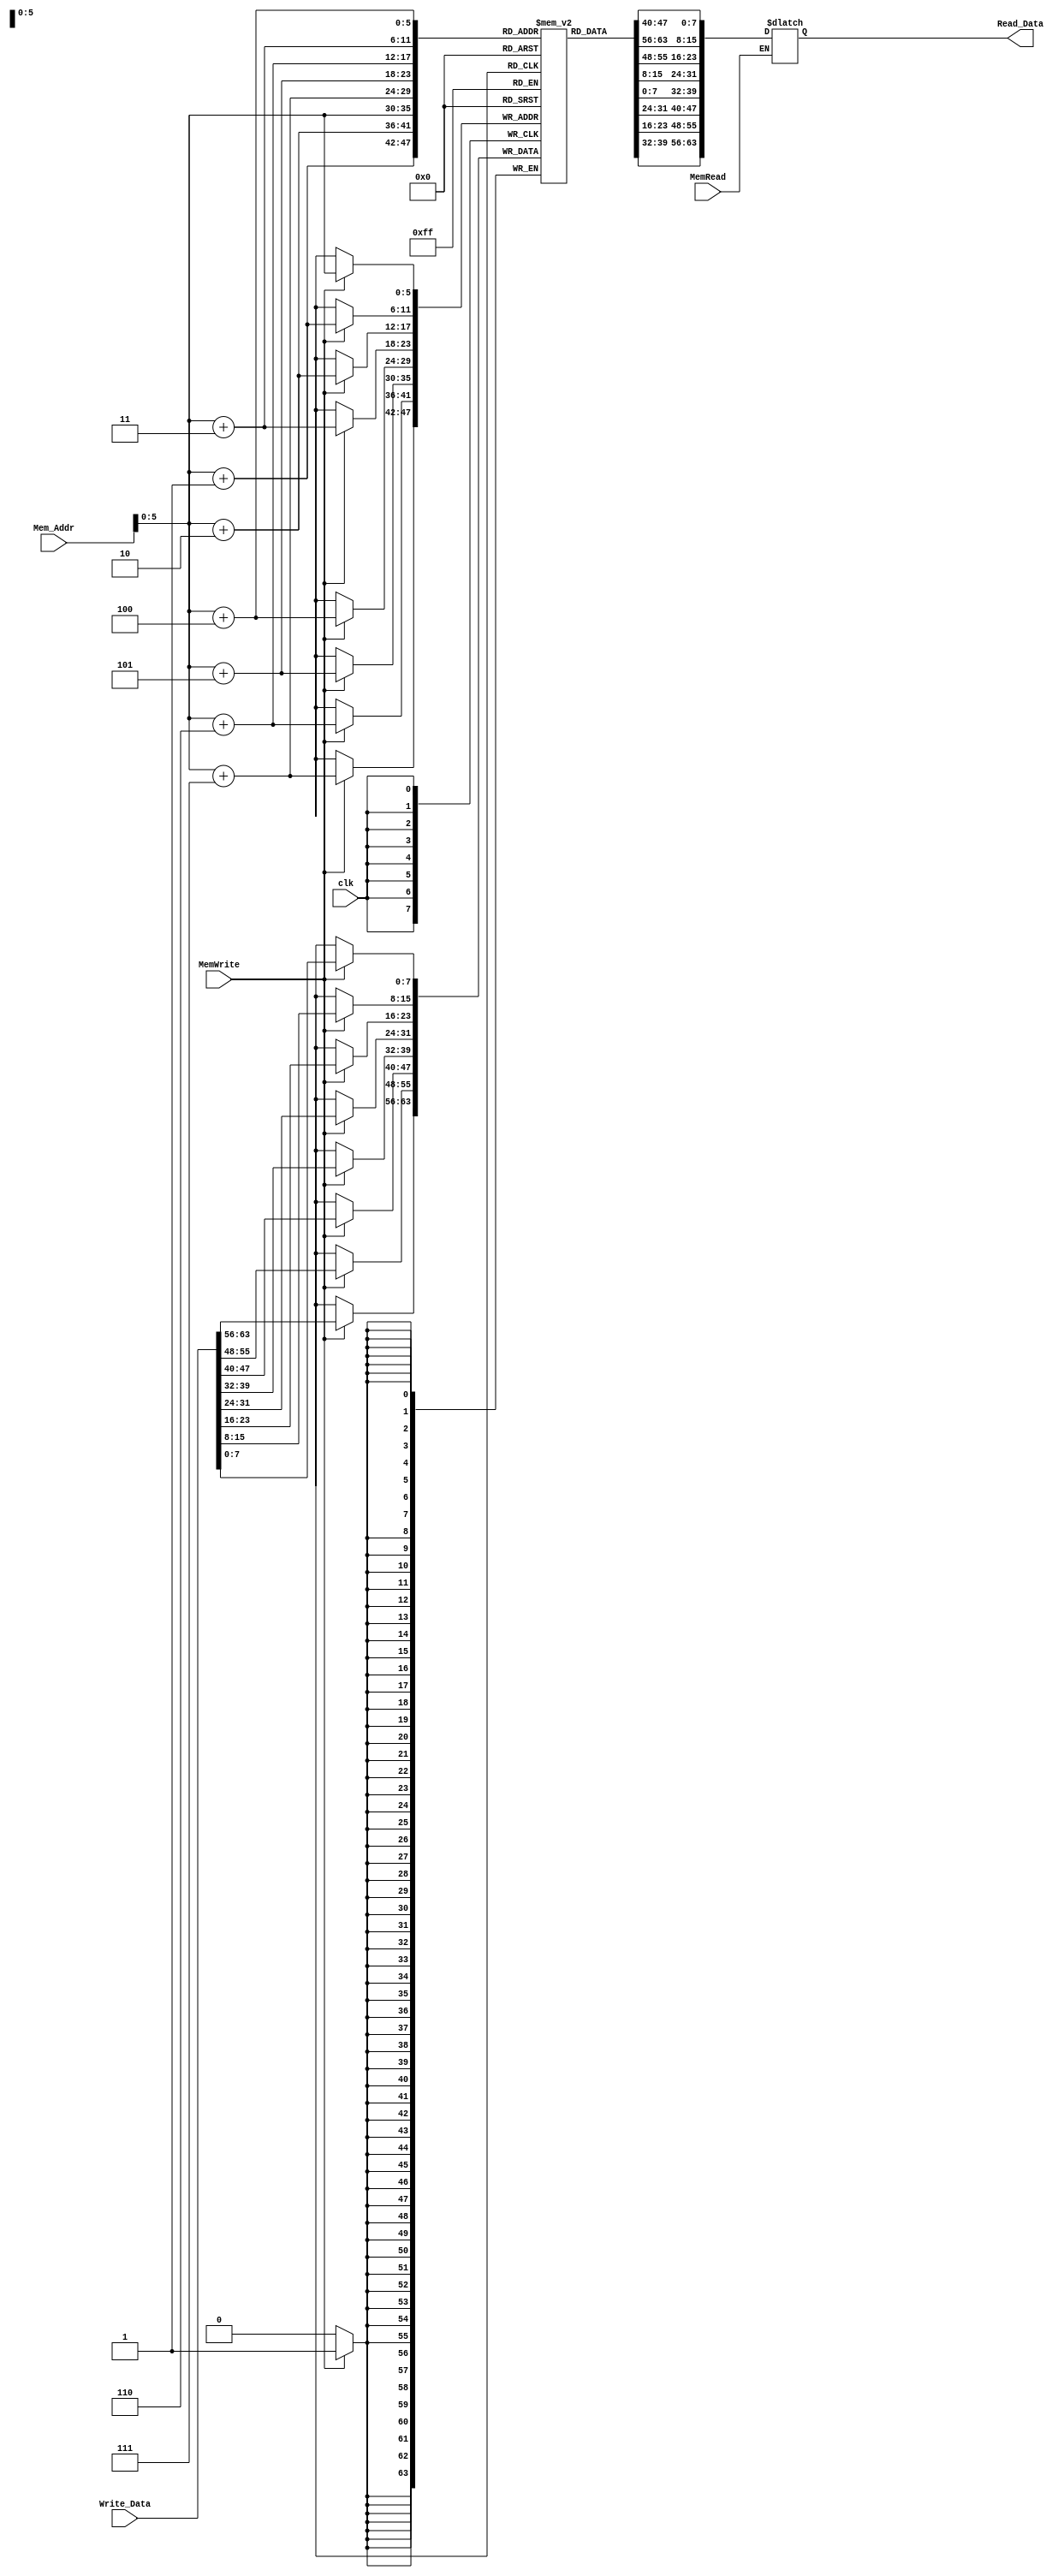
module Data_Memory
(
	input [63:0] Mem_Addr, Write_Data,
	input clk, MemWrite, MemRead,
	output reg [63:0] Read_Data
);

reg [7:0] data_mem [63:0];

initial
	begin
		data_mem[0] = 8'b10000011;
		data_mem[1] = 8'b00110100;
		data_mem[2] = 8'b00000101;
		data_mem[3] = 8'b00001111;
		data_mem[4] = 8'b10110011;
		data_mem[5] = 8'b10000100;
		data_mem[6] = 8'b10011010;
		data_mem[7] = 8'b00000000;
		data_mem[8] = 8'b10010011;
		data_mem[9] = 8'b10000100;
		data_mem[10] = 8'b00010100;
		data_mem[11] = 8'b00000000;
		data_mem[12] = 8'b00100011;
		data_mem[13] = 8'b00111000;
		data_mem[14] = 8'b10010101;
		data_mem[15] = 8'b00001110;
		data_mem[16] = 8'd1;
		data_mem[17] = 8'd2;
		data_mem[18] = 8'd3;
		data_mem[19] = 8'd4;
		data_mem[20] = 8'd5;
		data_mem[21] = 8'd6;
		data_mem[22] = 8'd7;
		data_mem[23] = 8'd8;
		data_mem[24] = 8'd24;
		data_mem[25] = 8'd25;
		data_mem[26] = 8'd26;
		data_mem[27] = 8'd27;
		data_mem[28] = 8'd28;
		data_mem[29] = 8'd29;
		data_mem[30] = 8'd30;
		data_mem[31] = 8'd31;
		data_mem[32] = 8'd32;
		data_mem[33] = 8'd33;
		data_mem[34] = 8'd34;
		data_mem[35] = 8'd35;
		data_mem[36] = 8'd36;
		data_mem[37] = 8'd37;
		data_mem[38] = 8'd38;
		data_mem[39] = 8'd39;
		data_mem[40] = 8'd40;
		data_mem[41] = 8'd41;
		data_mem[42] = 8'd42;
		data_mem[43] = 8'd43;
		data_mem[44] = 8'd44;
		data_mem[45] = 8'd45;
		data_mem[46] = 8'd46;
		data_mem[47] = 8'd47;
		data_mem[48] = 8'd48;
		data_mem[49] = 8'd49;
		data_mem[50] = 8'd50;
		data_mem[51] = 8'd51;
		data_mem[52] = 8'd52;
		data_mem[53] = 8'd53;
		data_mem[54] = 8'd54;
		data_mem[55] = 8'd55;
		data_mem[56] = 8'd56;
		data_mem[57] = 8'd57;
		data_mem[58] = 8'd58;
		data_mem[59] = 8'd59;
		data_mem[60] = 8'd60;
		data_mem[61] = 8'd61;
		data_mem[62] = 8'd62;
		data_mem[63] = 8'd63;
	end

	always@(posedge clk)
	begin
		if(MemWrite)
		begin
			data_mem[Mem_Addr]<=Write_Data[7:0];
			data_mem[Mem_Addr+1]<=Write_Data[15:8];
			data_mem[Mem_Addr+2]<=Write_Data[23:16];
			data_mem[Mem_Addr+3]<=Write_Data[31:24];
			data_mem[Mem_Addr+4]<=Write_Data[39:32];
			data_mem[Mem_Addr+5]<=Write_Data[47:40];
			data_mem[Mem_Addr+6]<=Write_Data[55:48];
			data_mem[Mem_Addr+7]<=Write_Data[63:56];
		end
	
	end
	
	always@(MemRead or Mem_Addr or data_mem)
	begin
	if (MemRead)
		Read_Data<={data_mem[Mem_Addr+7],
		data_mem[Mem_Addr+6],data_mem[Mem_Addr+5],
		data_mem[Mem_Addr+4],data_mem[Mem_Addr+3],
		data_mem[Mem_Addr+2],data_mem[Mem_Addr+1],
		data_mem[Mem_Addr]};
	end

endmodule